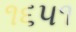
૧૬૫૧